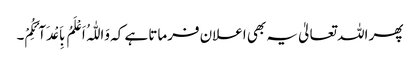
پھر اللہ تعالیٰ یہ بھی اعلان فرماتا ہے کہ وَاللّٰہُ اَعْلَمُ بِاَعْدَآئِکُمْ۔